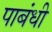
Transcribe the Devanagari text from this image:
पाबंधी